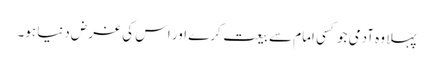
پہلا وہ آدمی جو کسی امام سے بیعت کرے اور اس کی غرض دنیا ہو۔